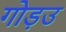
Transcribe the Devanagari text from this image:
गोड़उ